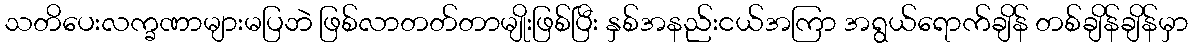
သတိပေးလက္ခဏာများမပြဘဲ ဖြစ်လာတတ်တာမျိုးဖြစ်ပြီး နှစ်အနည်းငယ်အကြာ အရွယ်ရောက်ချိန် တစ်ချိန်ချိန်မှာ